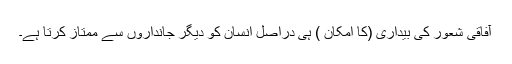
آفاقی شعور کی بیداری (کا امکان ) ہی دراصل انسان کو دیگر جانداروں سے ممتاز کرتا ہے۔